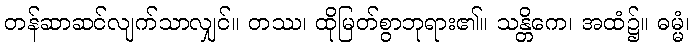
တန်ဆာဆင်လျက်သာလျှင်။ တဿ၊ ထိုမြတ်စွာဘုရား၏။ သန္တိကေ၊ အထံ၌။ ဓမ္မံ၊